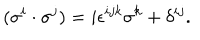
LaTeX: ( \sigma ^ { i } \cdot \sigma ^ { j } ) = i \epsilon ^ { i j k } \sigma ^ { k } + \delta ^ { i j } .